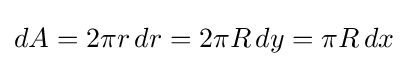
dA=2\pi r\,dr=2\pi R\,dy=\pi R\,dx